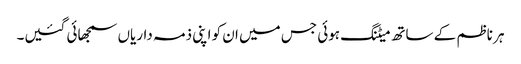
ہر ناظم کے ساتھ میٹنگ ہوئی جس میں ان کو اپنی ذمہ داریاں سمجھائی گئیں۔